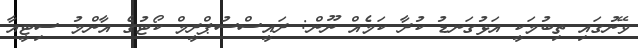
ވޭނުގައި ތިބުމަކީ އަޅުގަނޑު ކުރާ ކަމެއް ނޫން: ރައީސްސުޕްރީމް ކޯޓުގެ އާންމު ސިޓީއާ